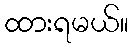
ထားရမယ်။